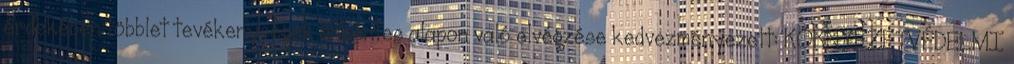
érdekében többlet tevékenységek önkéntes alapon való elvégzése kedvezményezett: KÖRNYEZETVÉDELMI